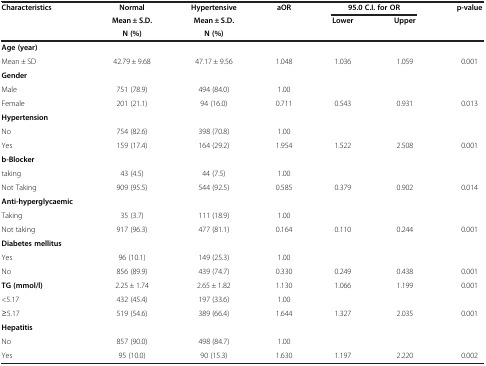
<table><thead><tr><td rowspan="3"><b>Characteristics</b></td><td><b>Normal</b></td><td><b>Hypertensive</b></td><td><b>aOR</b></td><td colspan="2"><b>95.0 C.I. for OR</b></td><td rowspan="3"><b>p-value</b></td></tr><tr><td><b>Mean ± S.D.</b></td><td><b>Mean ± S.D.</b></td><td rowspan="2"><b> </b></td><td rowspan="2"><b>Lower</b></td><td rowspan="2"><b>Upper</b></td></tr><tr><td><b>N (%)</b></td><td><b>N (%)</b></td></tr></thead><tbody><tr><td colspan="4"><b>Age (year)</b></td><td colspan="3"> </td></tr><tr><td>Mean ± SD</td><td>42.79 ± 9.68</td><td>47.17 ± 9.56</td><td>1.048</td><td>1.036</td><td>1.059</td><td>0.001</td></tr><tr><td colspan="7"><b>Gender</b></td></tr><tr><td>Male</td><td>751 (78.9)</td><td>494 (84.0)</td><td>1.00</td><td> </td><td> </td><td> </td></tr><tr><td>Female</td><td>201 (21.1)</td><td>94 (16.0)</td><td>0.711</td><td>0.543</td><td>0.931</td><td>0.013</td></tr><tr><td colspan="7"><b>Hypertension</b></td></tr><tr><td>No</td><td>754 (82.6)</td><td>398 (70.8)</td><td>1.00</td><td> </td><td> </td><td> </td></tr><tr><td>Yes</td><td>159 (17.4)</td><td>164 (29.2)</td><td>1.954</td><td>1.522</td><td>2.508</td><td>0.001</td></tr><tr><td><b>b-Blocker</b></td><td> </td><td> </td><td> </td><td> </td><td> </td><td> </td></tr><tr><td>taking</td><td>43 (4.5)</td><td>44 (7.5)</td><td>1.00</td><td> </td><td> </td><td> </td></tr><tr><td>Not Taking</td><td>909 (95.5)</td><td>544 (92.5)</td><td>0.585</td><td>0.379</td><td>0.902</td><td>0.014</td></tr><tr><td><b>Anti-hyperglycaemic</b></td><td> </td><td> </td><td> </td><td> </td><td> </td><td> </td></tr><tr><td>Taking</td><td>35 (3.7)</td><td>111 (18.9)</td><td>1.00</td><td> </td><td> </td><td> </td></tr><tr><td>Not taking</td><td>917 (96.3)</td><td>477 (81.1)</td><td>0.164</td><td>0.110</td><td>0.244</td><td>0.001</td></tr><tr><td colspan="7"><b>Diabetes mellitus</b></td></tr><tr><td>Yes</td><td>96 (10.1)</td><td>149 (25.3)</td><td>1.00</td><td> </td><td> </td><td> </td></tr><tr><td>No</td><td>856 (89.9)</td><td>439 (74.7)</td><td>0.330</td><td>0.249</td><td>0.438</td><td>0.001</td></tr><tr><td><b>TG (mmol/l)</b></td><td>2.25 ± 1.74</td><td>2.65 ± 1.82</td><td>1.130</td><td>1.066</td><td>1.199</td><td>0.001</td></tr><tr><td>&lt;5.17</td><td>432 (45.4)</td><td>197 (33.6)</td><td>1.00</td><td> </td><td> </td><td> </td></tr><tr><td>≥5.17</td><td>519 (54.6)</td><td>389 (66.4)</td><td>1.644</td><td>1.327</td><td>2.035</td><td>0.001</td></tr><tr><td><b>Hepatitis</b></td><td> </td><td> </td><td> </td><td> </td><td> </td><td> </td></tr><tr><td>No</td><td>857 (90.0)</td><td>498 (84.7)</td><td>1.00</td><td> </td><td> </td><td> </td></tr><tr><td>Yes</td><td>95 (10.0)</td><td>90 (15.3)</td><td>1.630</td><td>1.197</td><td>2.220</td><td>0.002</td></tr></tbody></table>